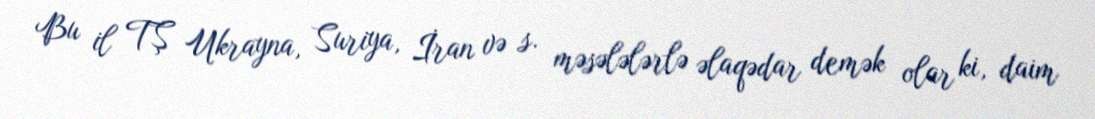
Bu il TŞ Ukrayna, Suriya, İran və s. məsələlərlə əlaqədar demək olar ki, daim